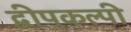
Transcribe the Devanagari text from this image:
द्वीपकल्पी